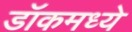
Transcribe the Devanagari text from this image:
डॉकमध्ये